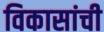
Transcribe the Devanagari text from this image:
विकासांची